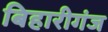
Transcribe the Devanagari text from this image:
बिहारीगंज